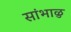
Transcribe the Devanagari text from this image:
सांभाळु